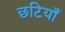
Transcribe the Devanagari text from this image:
छटियाँ